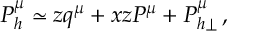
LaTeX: P _ { h } ^ { \mu } \simeq z q ^ { \mu } + x z P ^ { \mu } + P _ { h \perp } ^ { \mu } \, ,